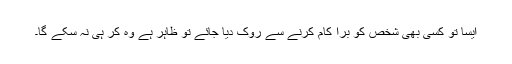
ایسا تو کسی بھی شخص کو برا کام کرنے سے روک دیا جائے تو ظاہر ہے وہ کر ہی نہ سکے گا۔